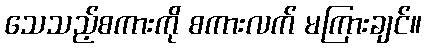
သေသည့်စကားကို စကားလက် မကြားချင်။